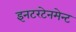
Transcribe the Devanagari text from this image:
इनटरटेनमेन्ट